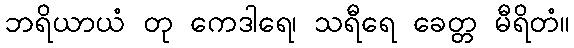
ဘရိယာယံ တု ကေဒါရေ၊ သရီရေ ခေတ္တ မီရိတံ။